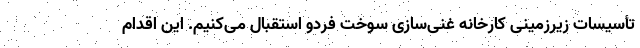
تأسیسات زیرزمینی کارخانه غنی‌سازی سوخت فردو استقبال می‌کنیم. این اقدام